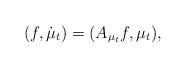
LaTeX: \begin{align*}(f, \dot \mu_t) = (A_{\mu_t}f,\mu_t),\end{align*}